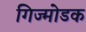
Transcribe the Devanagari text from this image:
गिज्मोडक